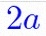
2a